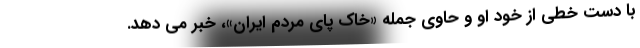
با دست خطی از خود او و حاوی جمله «خاک پای مردم ایران»، خبر می دهد.